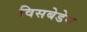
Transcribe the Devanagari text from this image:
विसबेडेन